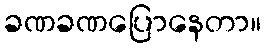
ခဏခဏပြောနေတာ။